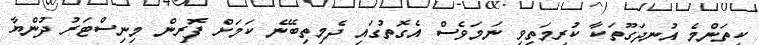
ކިތަންމެ އުނދަގޫތަކާ ކުރިމަތިވި ނަމަވެސް އެގޮތުގައި ދެމިތިބޭނެ ކަމަށް ފޮރިން މިނިސްޓަރު ދުންޔާ